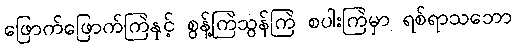
ဖြောက်ဖြောက်ကြဲနှင့် စွန့်ကြဲသွန်ကြဲ စပါးကြဲမှာ ရစ်ရာသဘော